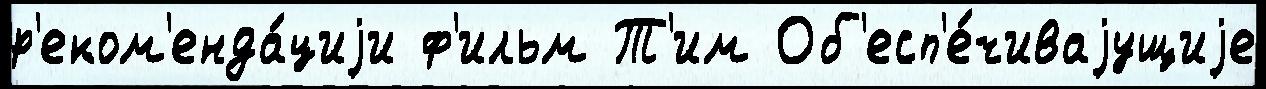
р'еком'енда́циjи ф'ильм Т'им Об'есп'е́чиваjущиjе